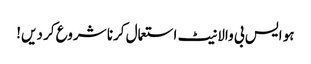
ہو ایس بی والا نیٹ استعمال کرنا شروع کر دیں!